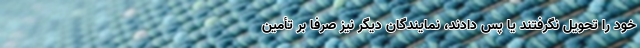
خود را تحویل نگرفتند یا پس دادند، نمایندگان دیگر نیز صرفا بر تأمین